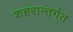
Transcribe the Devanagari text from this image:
शहरान्तर्गत